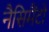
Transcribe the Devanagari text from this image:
नैसिमैंटो